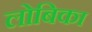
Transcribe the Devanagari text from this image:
लोबिका